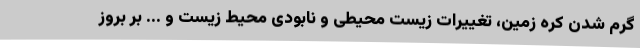
گرم شدن کره زمین، تغییرات زیست محیطی و نابودی محیط زیست و ... بر بروز